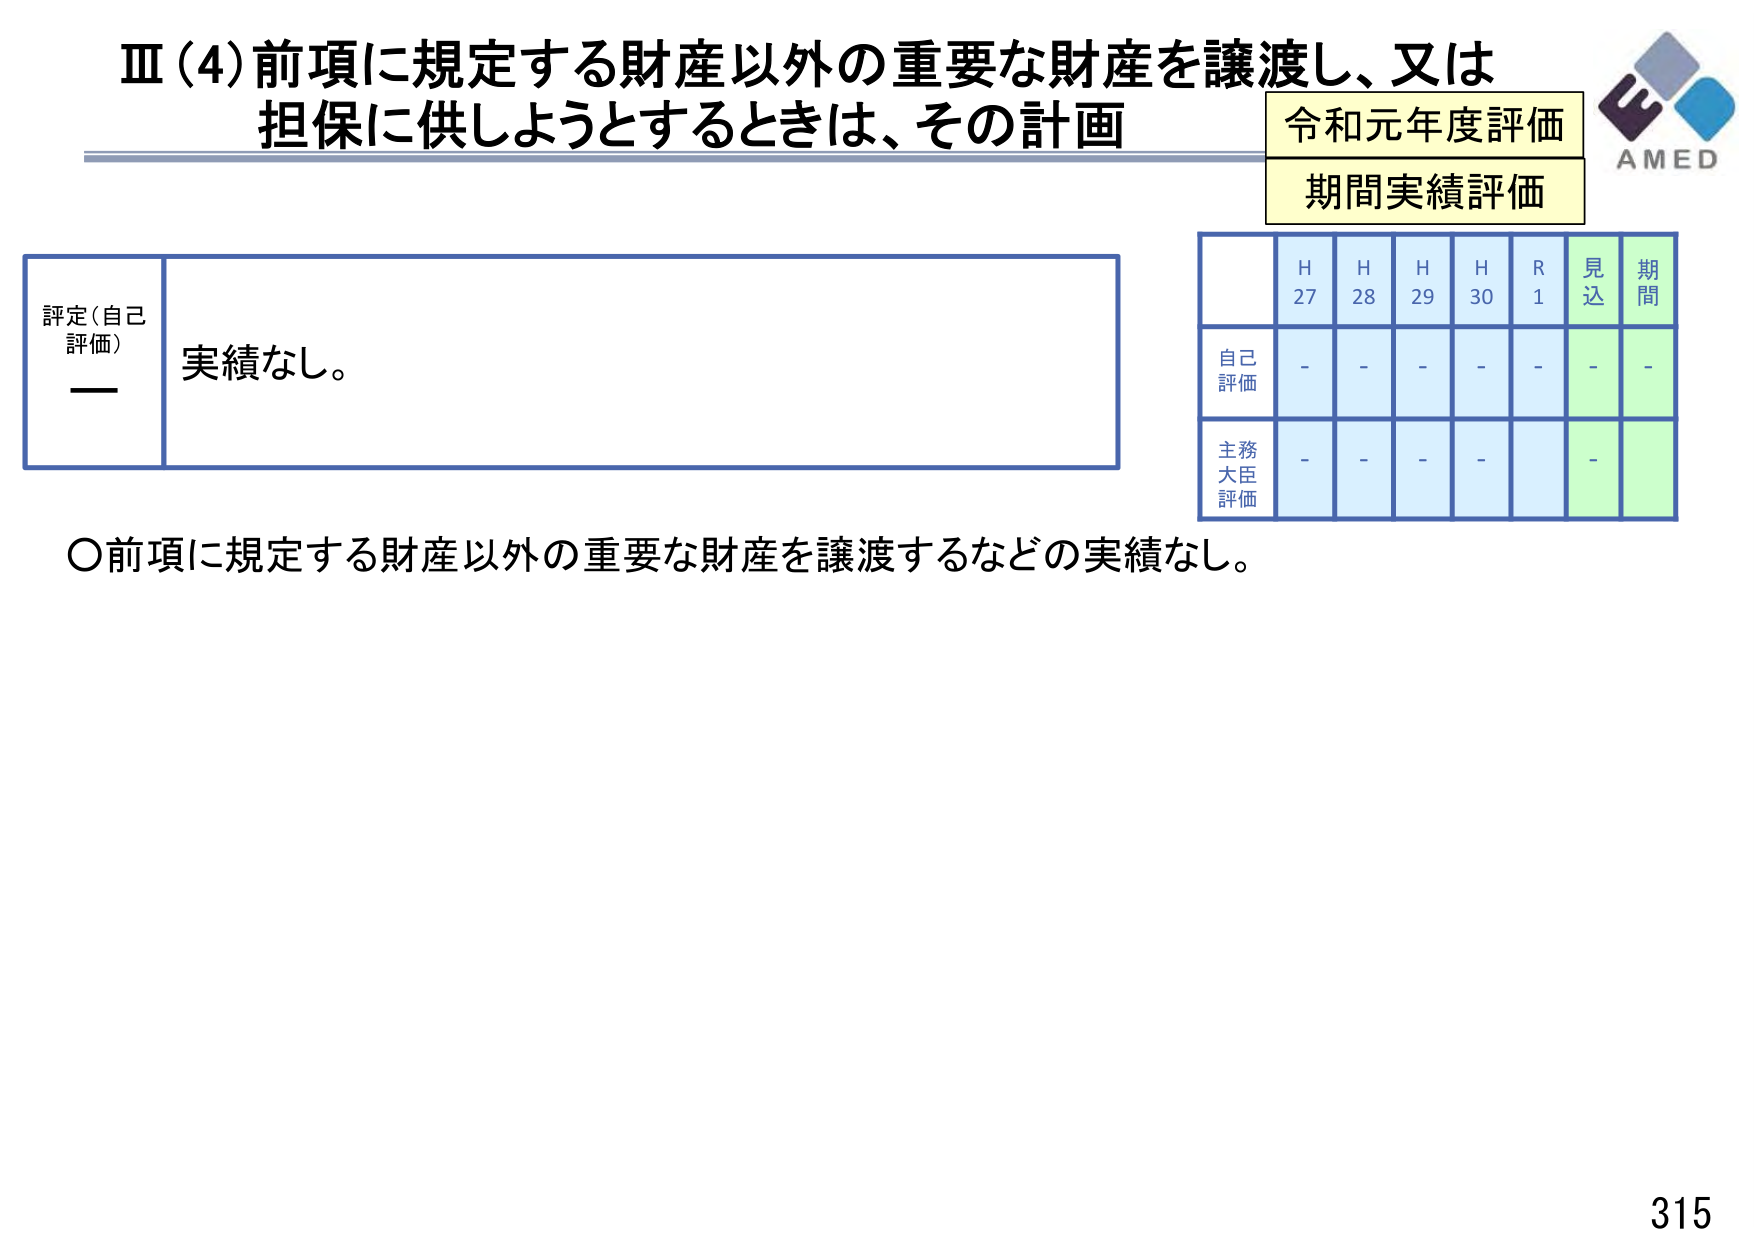
Ⅲ(4)前項に規定する財産以外の重要な財産を譲渡し、又は
担保に供しようとするときは、その計画

令和元年度評価
期間実績評価

評定（自己
評価）
――
実績なし。

H 27 H 28 H 29 H 30 R 1 見込 期間
自己評価 - - - - - - -
主務大臣評価 - - - - - -

○前項に規定する財産以外の重要な財産を譲渡するなどの実績なし。

AMED
315